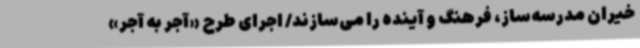
خیران مدرسه‌ساز، فرهنگ و آینده را می‌سازند/ اجرای طرح «آجر به آجر»